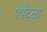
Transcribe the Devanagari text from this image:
पैपेंट्ला